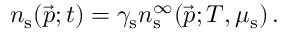
n _ { \mathrm { s } } ( \vec { p } ; t ) = \gamma _ { \mathrm { s } } n _ { \mathrm { s } } ^ { \infty } ( \vec { p } ; T , \mu _ { \mathrm { s } } ) \, .